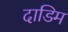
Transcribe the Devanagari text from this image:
दाडिम